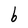
Character: b